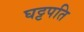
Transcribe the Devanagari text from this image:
घट्टपति